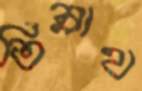
তিন্নাথ